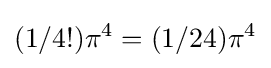
(1/4!)\pi ^{4}=(1/24)\pi ^{4}